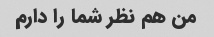
من هم نظر شما را دارم